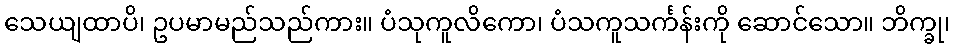
သေယျထာပိ၊ ဥပမာမည်သည်ကား။ ပံသုကူလိကော၊ ပံသကူသင်္ကန်းကို ဆောင်သော။ ဘိက္ခု၊